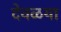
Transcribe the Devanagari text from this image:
देवळया